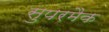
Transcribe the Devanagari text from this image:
सुपरमैक